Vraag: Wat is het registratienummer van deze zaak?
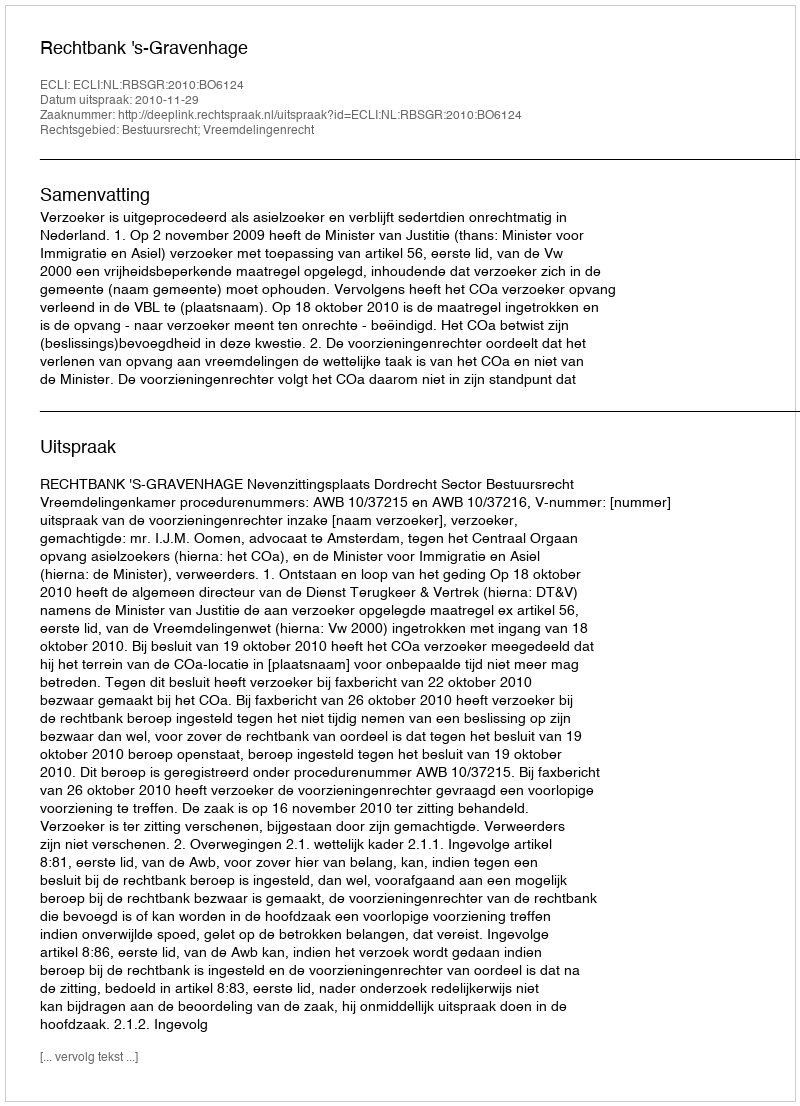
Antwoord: http://deeplink.rechtspraak.nl/uitspraak?id=ECLI:NL:RBSGR:2010:BO6124